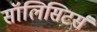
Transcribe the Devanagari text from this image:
सॉलिसिटर्स